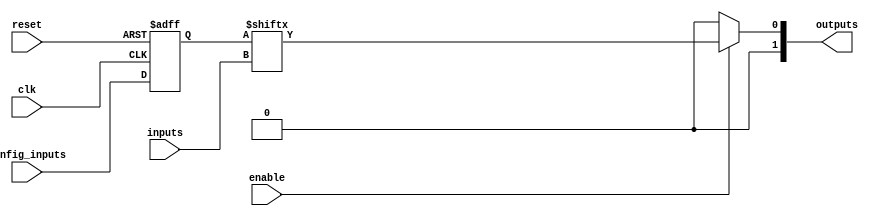
module CLB (
    input wire [N-1:0] inputs,          // N input signals
    input wire [M-1:0] config_inputs,   // M configuration inputs for programming
    input wire enable,                   // Enable signal to activate the CLB
    output wire [P-1:0] outputs,         // P output signals
    input wire clk,                      // Clock signal (for feedback paths)
    input wire reset                     // Reset signal
);

// Parameter definitions
parameter N = 4; // Number of inputs
parameter M = 16; // Size of the LUT (2^N for N inputs)
parameter P = 2; // Number of outputs

// Internal signals
reg [M-1:0] lut; // LUT for storing logic function configurations
reg [P-1:0] output_reg; // Output register

// Logic function implementation using LUT
always @(*) begin
    if (enable) begin
        // Implement the LUT functionality
        output_reg = lut[inputs]; // Lookup the output based on inputs
    end else begin
        output_reg = {P{1'b0}}; // Drive outputs low if not enabled
    end
end

// Output assignment
assign outputs = output_reg;

// Configuration of the LUT (this would typically be done during programming)
always @(posedge clk or posedge reset) begin
    if (reset) begin
        lut <= {M{1'b0}}; // Reset LUT to zero
    end else begin
        // Example: Configure the LUT based on config_inputs
        // This is a placeholder for actual programming logic
        lut <= config_inputs; // In practice, this would be more complex
    end
end

endmodule